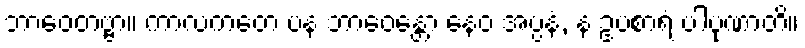
ဘာဝေတဗ္ဗာ။ ကာလကတေ ပန ဘာဝေန္တော နေဝ အပ္ပနံ, န ဥပစာရံ ပါပုဏာတိ။